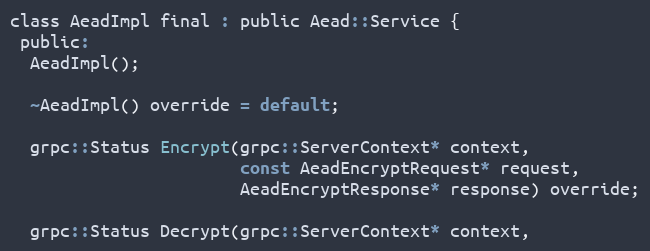
Language: C
class AeadImpl final : public Aead::Service {
 public:
  AeadImpl();

  ~AeadImpl() override = default;

  grpc::Status Encrypt(grpc::ServerContext* context,
                       const AeadEncryptRequest* request,
                       AeadEncryptResponse* response) override;

  grpc::Status Decrypt(grpc::ServerContext* context,